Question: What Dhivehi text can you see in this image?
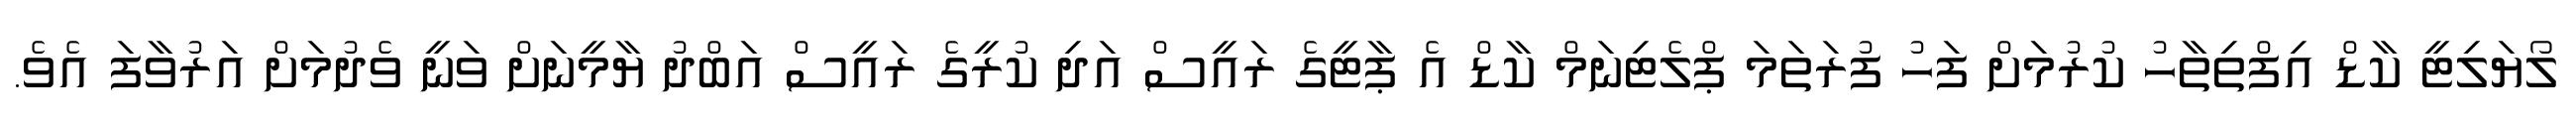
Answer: ލޯޔަލިޓީ ކާޑް އިފްތިތާހު ކުރުމަށް ފަހު ފުރަތަމަ ޕްލެޓިނަމް ކާޑް އެ ޕާޓީގެ ރައީސް އަދި ކުރީގެ ރައީސް އަބްދު ޔާމީނަށް ވަނީ ވެދުމަށް އަރުވާފަ އެވެ.